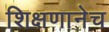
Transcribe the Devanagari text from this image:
शिक्षणानेच